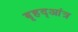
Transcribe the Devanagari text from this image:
बृहद्आंत्र